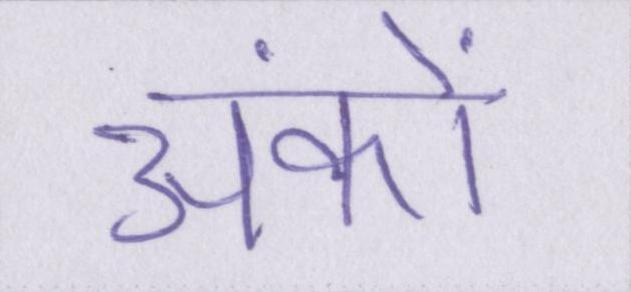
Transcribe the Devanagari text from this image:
अंकों